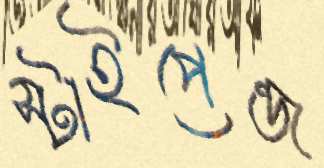
স্টাইপেন্ড